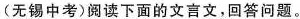
(无锡中考)阅读下面的文言文，回答问题。